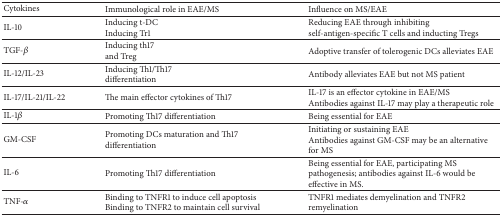
<table><thead><tr><td><b>Cytokines </b></td><td><b>Immunological role in EAE/MS</b></td><td><b>Influence on MS/EAE</b></td></tr></thead><tbody><tr><td>IL-10</td><td>Inducing t-DCInducing Tr1</td><td>Reducing EAE through inhibiting self-antigen-specific T cells and inducting Tregs</td></tr><tr><td>TGF-<i>β</i></td><td>Inducing th17 and Treg</td><td>Adoptive transfer of tolerogenic DCs alleviates EAE</td></tr><tr><td>IL-12/IL-23</td><td>Inducing Th1/Th17differentiation</td><td>Antibody alleviates EAE but not MS patient</td></tr><tr><td>IL-17/IL-21/IL-22</td><td>The main effector cytokines of Th17</td><td>IL-17 is an effector cytokine in EAE/MSAntibodies against IL-17 may play a therapeutic role</td></tr><tr><td>IL-1<i>β</i></td><td>Promoting Th17 differentiation</td><td>Being essential for EAE</td></tr><tr><td>GM-CSF</td><td>Promoting DCs maturation and Th17 differentiation</td><td>Initiating or sustaining EAE Antibodies against GM-CSF may be an alternative for MS</td></tr><tr><td>IL-6</td><td>Promoting Th17 differentiation </td><td>Being essential for EAE, participating MS pathogenesis; antibodies against IL-6 would be effective in MS.</td></tr><tr><td>TNF-<i>α</i></td><td>Binding to TNFR1 to induce cell apoptosisBinding to TNFR2 to maintain cell survival</td><td>TNFR1 mediates demyelination and TNFR2 remyelination</td></tr></tbody></table>